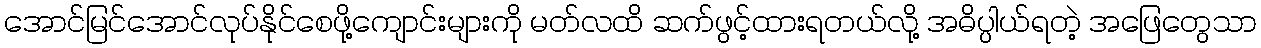
အောင်မြင်အောင်လုပ်နိုင်စေဖို့ကျောင်းများကို မတ်လထိ ဆက်ဖွင့်ထားရတယ်လို့ အဓိပ္ပါယ်ရတဲ့ အဖြေတွေသာ